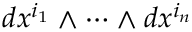
d x ^ { i _ { 1 } } \wedge \cdots \wedge d x ^ { i _ { n } }